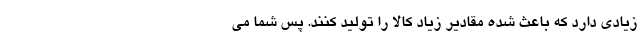
زیادی دارد که باعث شده مقادیر زیاد کالا را تولید کنند. پس شما می‌